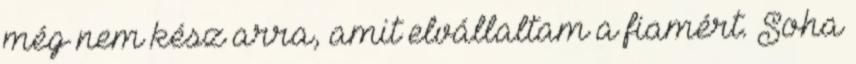
még nem kész arra, amit elvállaltam a fiamért. Soha